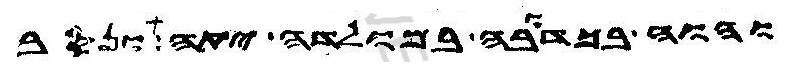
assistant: והוה בכדובה במולדה יתה ונסב